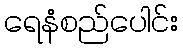
ရေနံစည်ပေါင်း